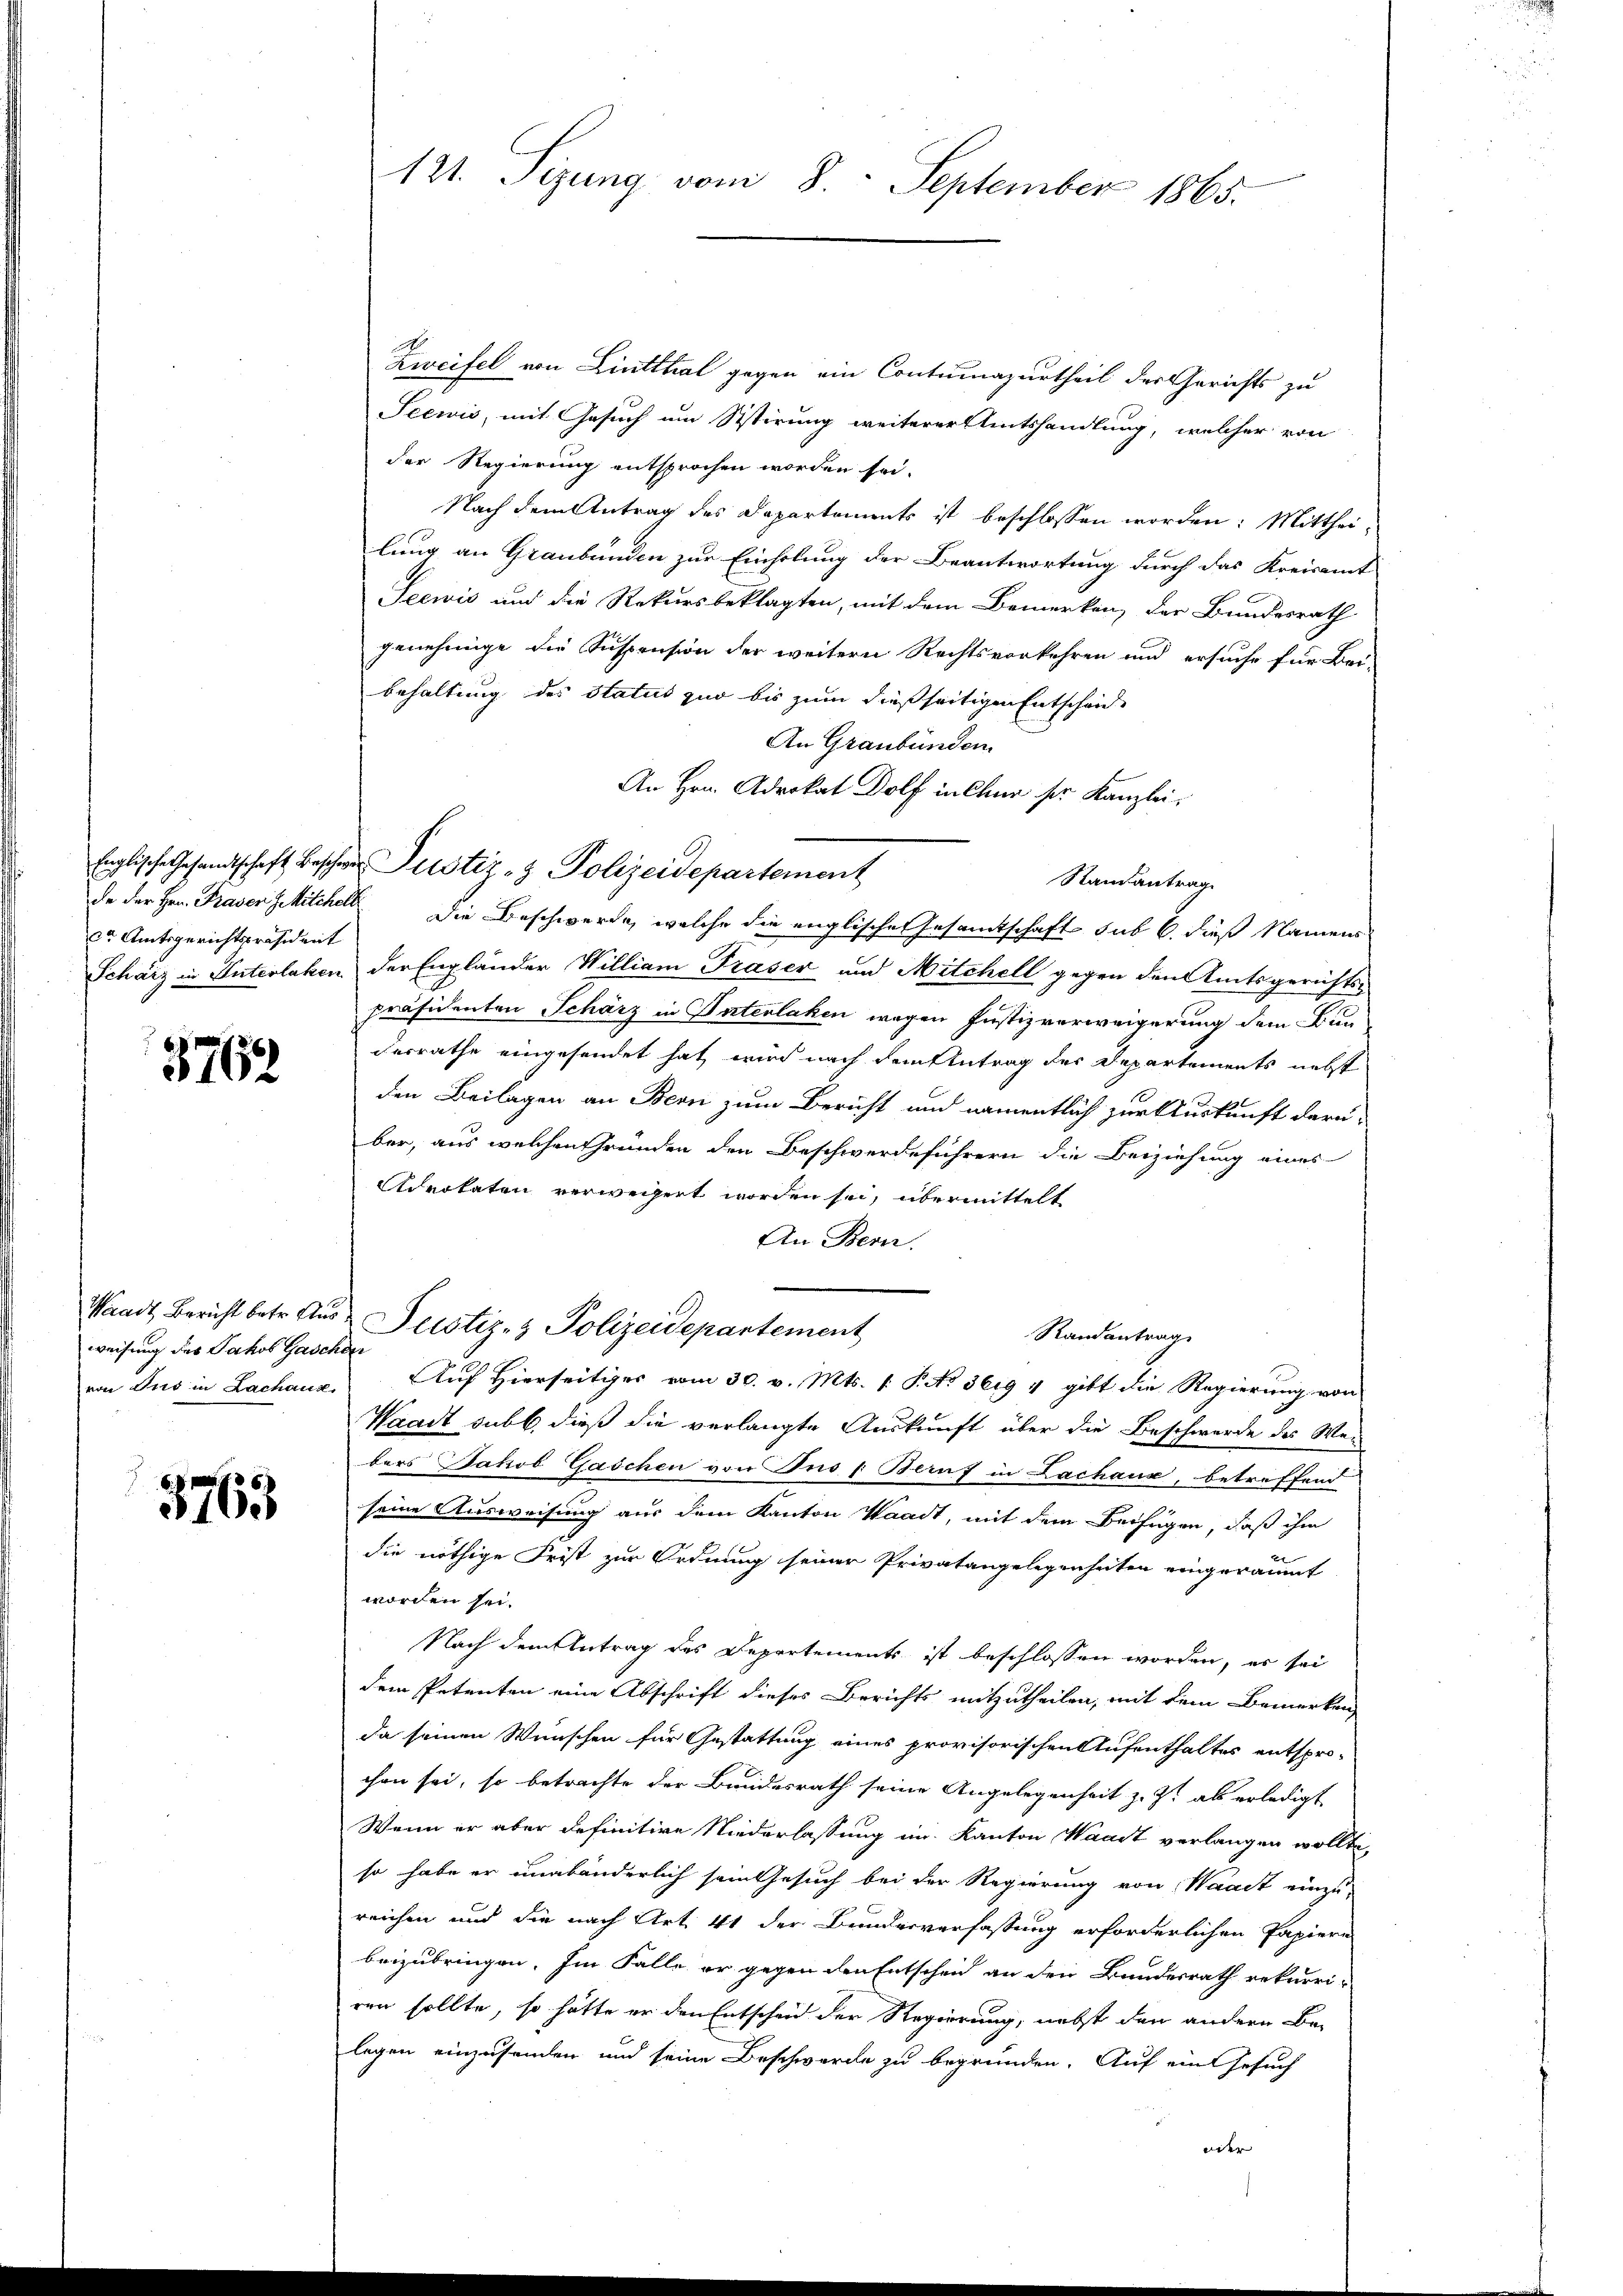
ca Amtsgerichtspräsident

5768

weisung des Jakob Gaschen

3763

121. Sizung vom 8. September 1865.

Zweifel von Linthal gegen ein Contumazurtheil der Gerichts zu
Seewis, mit Gesuch um Sistirung weiterer Amtshandlung, welcher von
der Regierung entsprochen worden sei.
Nach dem Antrag des Departements ist beschlossen worden: Mittheilung an Graubünden zur Einholung der Beantwortung durch das Kreisamt
Seewis und die Rekursbeklagten, mit dem Bemerken, der Bundesrath
genehmige die Suspension der weitern Rechtsvorkehren und ersuche für Bei-
behaltung des Status zuo bis zum dießseitigen Entscheide
An Graubünden
An Hrn. Advokat Dolf in Chur ser Kanzlei-
Randantrag
de der Hrn. Praser Zwischell die Beschwerde, welche die englischen Gesamtschaft sub 6. dieß Namens
Schärz in Unterlaken der Engländer William Praser und Mitchell gegen den Amtsgerichts-
präsidenten Schärz in Interlaken wegen Justizverweigerung dem Bun
derrathe eingesendet hat, wird nach dem Antrag der Departements nebst
den Beilagen an Bern zum Bericht und namentlich zur Auskunft darüber, aus welchen Gründen den Beschwerdeführern die Beiziehung eines
Advokaten verweigert worden sei, übermittelt
An Bern.
Waadt Bericht betr. Aus- Pustiz- & Polizeidepartement
Randantrag
von Aus in Lachaus. Auf Hierseitiges vom 30. v. Mts. v. P. No 3619 4 gibt die Regierung von
Waadt subb. dieß die verlangte Auskunft über die Beschwerde des We-
bers Jakob Gaschen von Pro : Beruf in Lachaus, betreffend
seine Ausweisung aus dem Kanton Waadt, mit dem Beifügen, daß ihm
die nöthige Frist zur Ordnung seiner Privatangelegenheiten eingeräumt
worden sei.
Nach dem Antrag des Departements ist beschlossen worden, er sei
dem Petenten eine Abschrift dieses Berichts mitzutheilen, mit dem Bemerken,
da seinen Wünschen für Gestattung eines provisorischen Aufenthaltes entspro-
chen sei, so betrachte der Bundesrath seine Angelegenheit z. Zt. als erledigt
Wenn er aber definitive Niederlassung im Kanton Waadt verlangen wollte,
so habe er unabänderlich sein Gesuch bei der Regierung von Waadt einzu-
reichen und die nach Art. 41 der Bundesverfassung erforderlichen Papiere
beizubringen. Im Falle er gegen den Entscheid an den Bundesrath rekurri-
ren sollte, so hätte er den Entscheid der Regierung, nebst den andern Be-
legen einzusenden und seine Beschwerde zu begründen. Auf ein Gesuch
ider

Englische Gesandtschaft besche Justiz- & Polizeidepartement